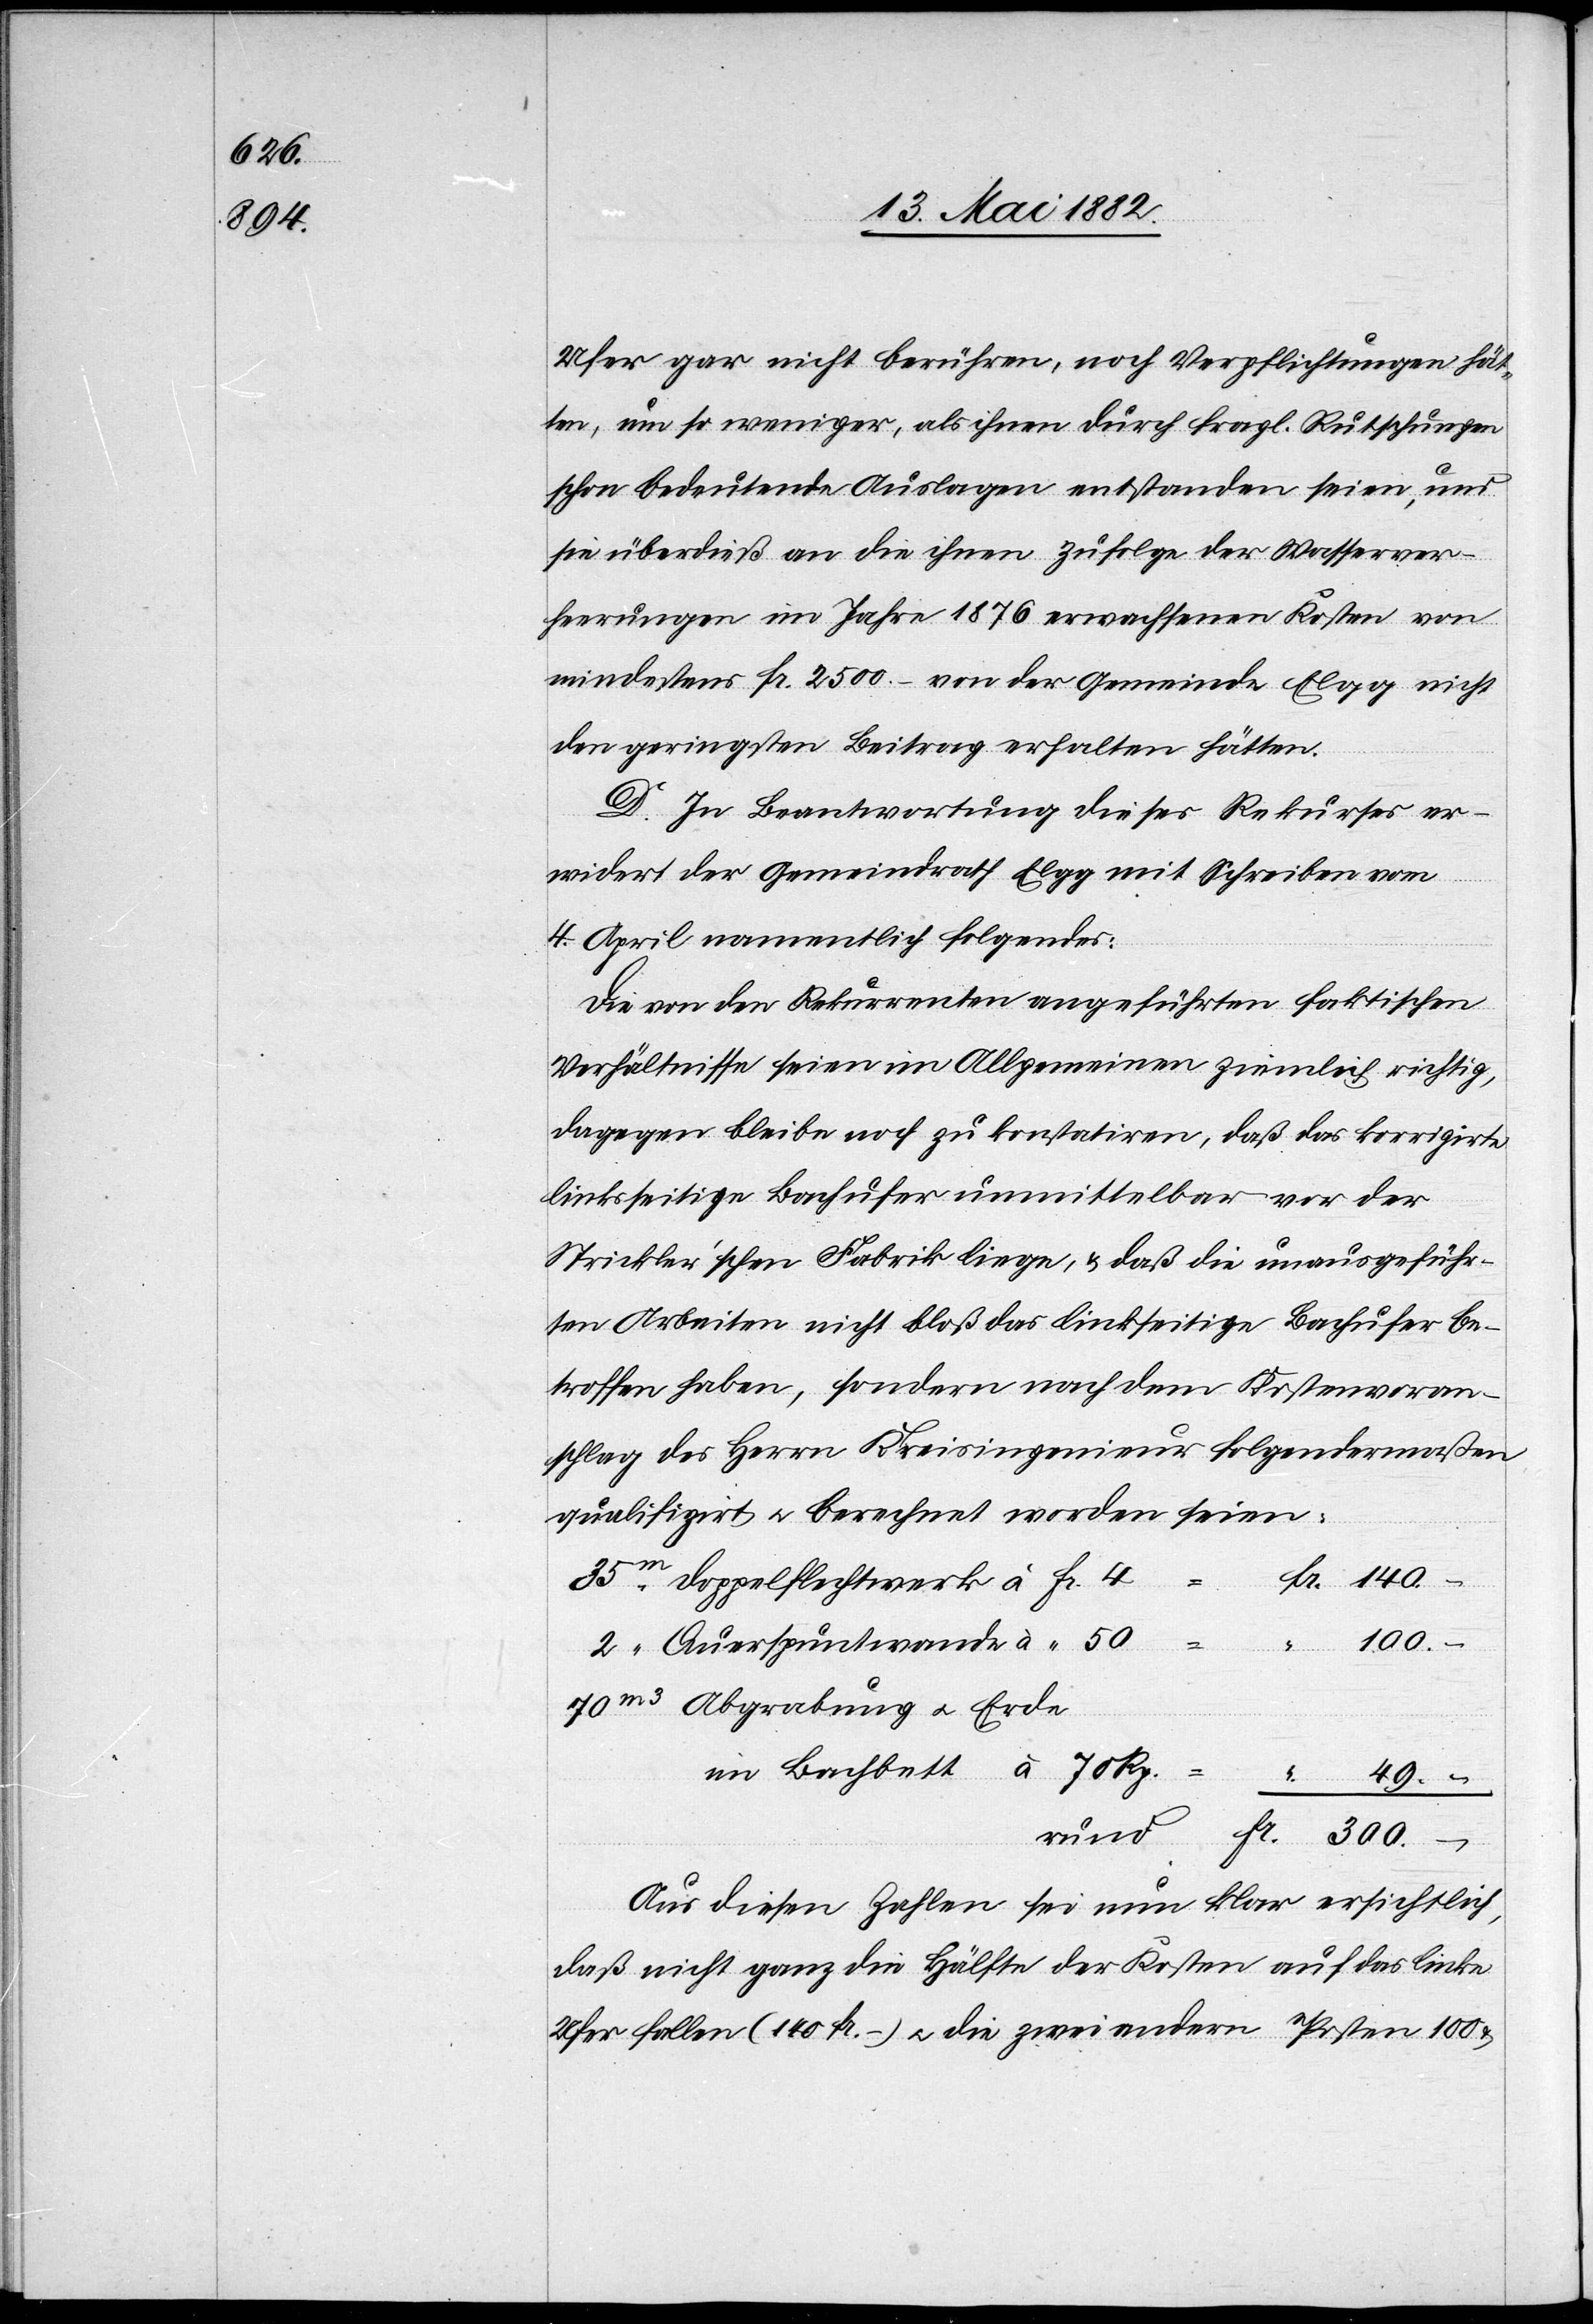
140.–

Ufer gar nicht berühre, noch Verpflichtungen hät¬
ten, um so weniger, als ihnen durch fragl. Rutschungen
schon bedeutende Auslagen entstanden seien, und
sie überdieß an die ihnen zufolge der Wasserver¬
heerungen im Jahre 1876 erwachsenen Kosten von
mindestens Fr. 2500 von der Gemeinde Elgg nicht
den geringsten Beitrag erhalten hätten.
D. In Beantwortung dieses Rekurses er¬
widert der Gemeindrath Elgg mit Schreiben vom
Fr.
4. April namentlich Folgendes:
Die von den Rekurrenten angeführten faktischen
Verhältnisse seien im Allgemeinen ziemlich richtig,
dagegen bleibe noch zu konstatiren, daß das korrigirte
linksseitige Bachufer unmittelbar vor der
Strickler’schen Fabrik liege, & daß die unausgeführ¬
c!] Arbeiten nicht bloß das linkseitige Bachufer be¬
troffen haben, sondern nach dem Kostenvoran¬
schlag des Herrn Kreisingenieur folgendermaßen
qualifizirt u. berechnet worden seien:
Abgrabung u. Erde
Aus diesen Zahlen sei nun klar ersichtlich,
daß nicht ganz die Hälfte der Kosten auf das linke
Ufer fallen (140 Fr.) u. die zwei andern Posten 100 &